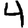
Digit: 4